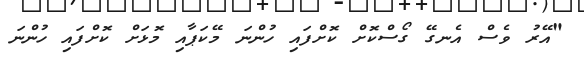
"އޭރު ވެސް އެނގޭ ގޯސްކޮށް ކޮށްފައި ހުންނަ މޭކަޕާއި މޮޅަށް ކޮށްފައި ހުންނަ